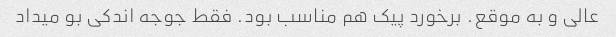
عالی و به موقع. برخورد پیک هم مناسب بود. فقط جوجه اندکی بو میداد